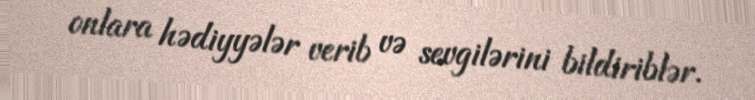
onlara hədiyyələr verib və sevgilərini bildiriblər.